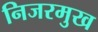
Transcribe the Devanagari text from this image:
निजरमुख